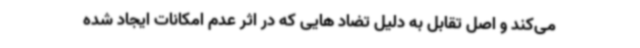
می‌کند و اصل تقابل به دلیل تضاد هایی که در اثر عدم امکانات ایجاد شده